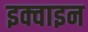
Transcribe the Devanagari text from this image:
इक्वाइन